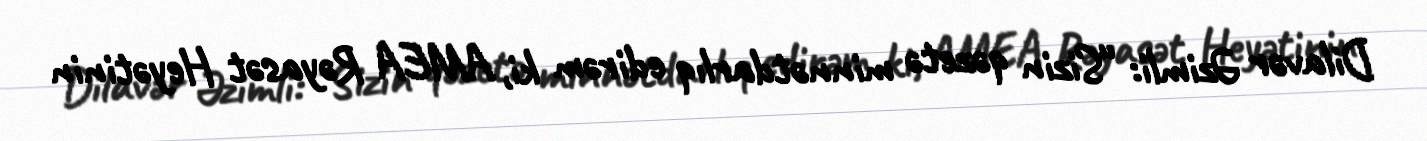
Dilavər Əzimli: “Sizin qəzetə minnətdarlıq edirəm ki, AMEA Rəyasət Heyətinin